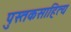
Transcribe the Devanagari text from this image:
पुस्तकसाहित्य